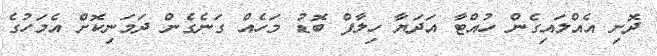
ދޮށި އެއްލައިގެން ހުއްޓާ އަދަޔާ ހިލާފް ބޮޑު މަހެއް ގަނެގެން ދަމަނިކޮށް އެމަހުގެ